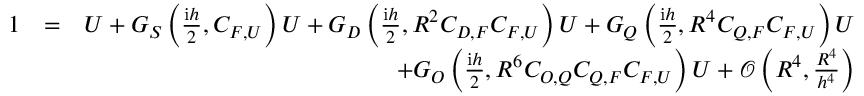
\begin{array} { r l r } { 1 } & { = } & { U + G _ { S } \left( \frac { \mathrm { i } h } { 2 } , C _ { F , U } \right) U + G _ { D } \left( \frac { \mathrm { i } h } { 2 } , R ^ { 2 } C _ { D , F } C _ { F , U } \right) U + G _ { Q } \left( \frac { \mathrm { i } h } { 2 } , R ^ { 4 } C _ { Q , F } C _ { F , U } \right) U } \\ & { } & { + G _ { O } \left( \frac { \mathrm { i } h } { 2 } , R ^ { 6 } C _ { O , Q } C _ { Q , F } C _ { F , U } \right) U + \mathcal { O } \left( R ^ { 4 } , \frac { R ^ { 4 } } { h ^ { 4 } } \right) } \end{array}